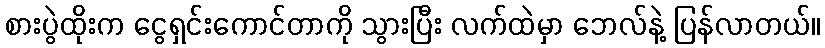
စားပွဲထိုးက ငွေရှင်းကောင်တာကို သွားပြီး လက်ထဲမှာ ဘေလ်နဲ့ ပြန်လာတယ်။